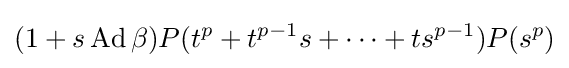
(1+s\operatorname {Ad} \beta )P(t^{p}+t^{p-1}s+\cdots +ts^{p-1})P(s^{p})